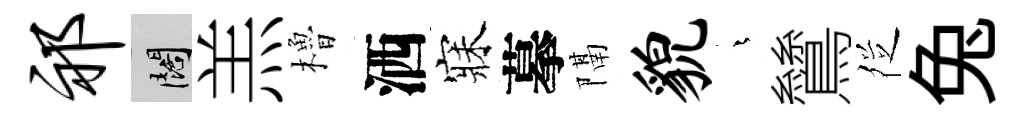
祁闊羔櫓洒寐摹隔貌燁鷥徔兔